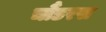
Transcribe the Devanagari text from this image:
चौंडरस